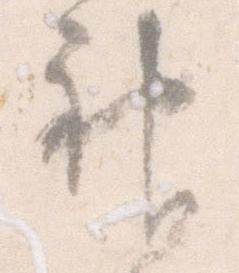
神